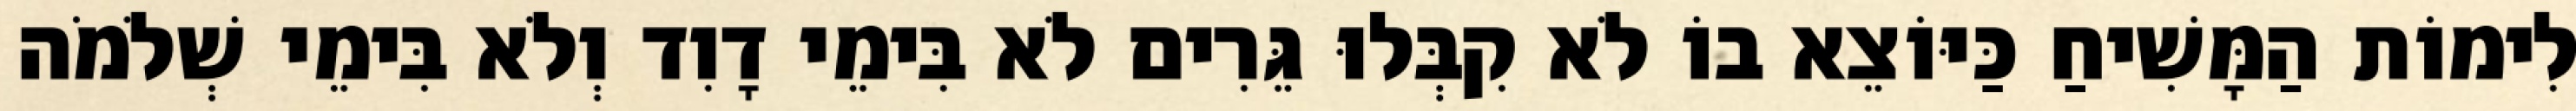
לִימוֹת הַמָּשִׁיחַ כַּיּוֹצֵא בוֹ לֹא קִבְּלוּ גֵּרִים לֹא בִּימֵי דָוִד וְלֹא בִּימֵי שְׁלֹמֹה